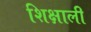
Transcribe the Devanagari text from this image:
शिक्षाली